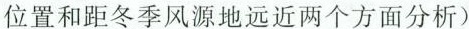
位置和距冬季风源地远近两个方面分析)